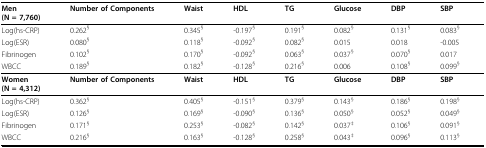
| Men(N = 7,760) | Number of Components | Waist | HDL | TG | Glucose | DBP | SBP |
 | --- | --- | --- | --- | --- | --- | --- | --- |
 | Log(hs-CRP) | 0.262§ | 0.345§ | -0.197§ | 0.191§ | 0.082§ | 0.131§ | 0.083§ |
 | Log(ESR) | 0.080§ | 0.118§ | -0.092§ | 0.082§ | 0.015 | 0.018 | -0.005 |
 | Fibrinogen | 0.102§ | 0.170§ | -0.092§ | 0.063§ | 0.037§ | 0.070§ | 0.017 |
 | WBCC | 0.189§ | 0.182§ | -0.128§ | 0.216§ | 0.006 | 0.108§ | 0.099§ |
 | Women(N = 4,312) | Number of Components | Waist | HDL | TG | Glucose | DBP | SBP |
 | Log(hs-CRP) | 0.362§ | 0.405§ | -0.151§ | 0.379§ | 0.143§ | 0.186§ | 0.198§ |
 | Log(ESR) | 0.126§ | 0.169§ | -0.090§ | 0.136§ | 0.050§ | 0.052§ | 0.049§ |
 | Fibrinogen | 0.171§ | 0.253§ | -0.082§ | 0.142§ | 0.037‡ | 0.106§ | 0.091§ |
 | WBCC | 0.216§ | 0.163§ | -0.128§ | 0.258§ | 0.043‡ | 0.096§ | 0.113§ |